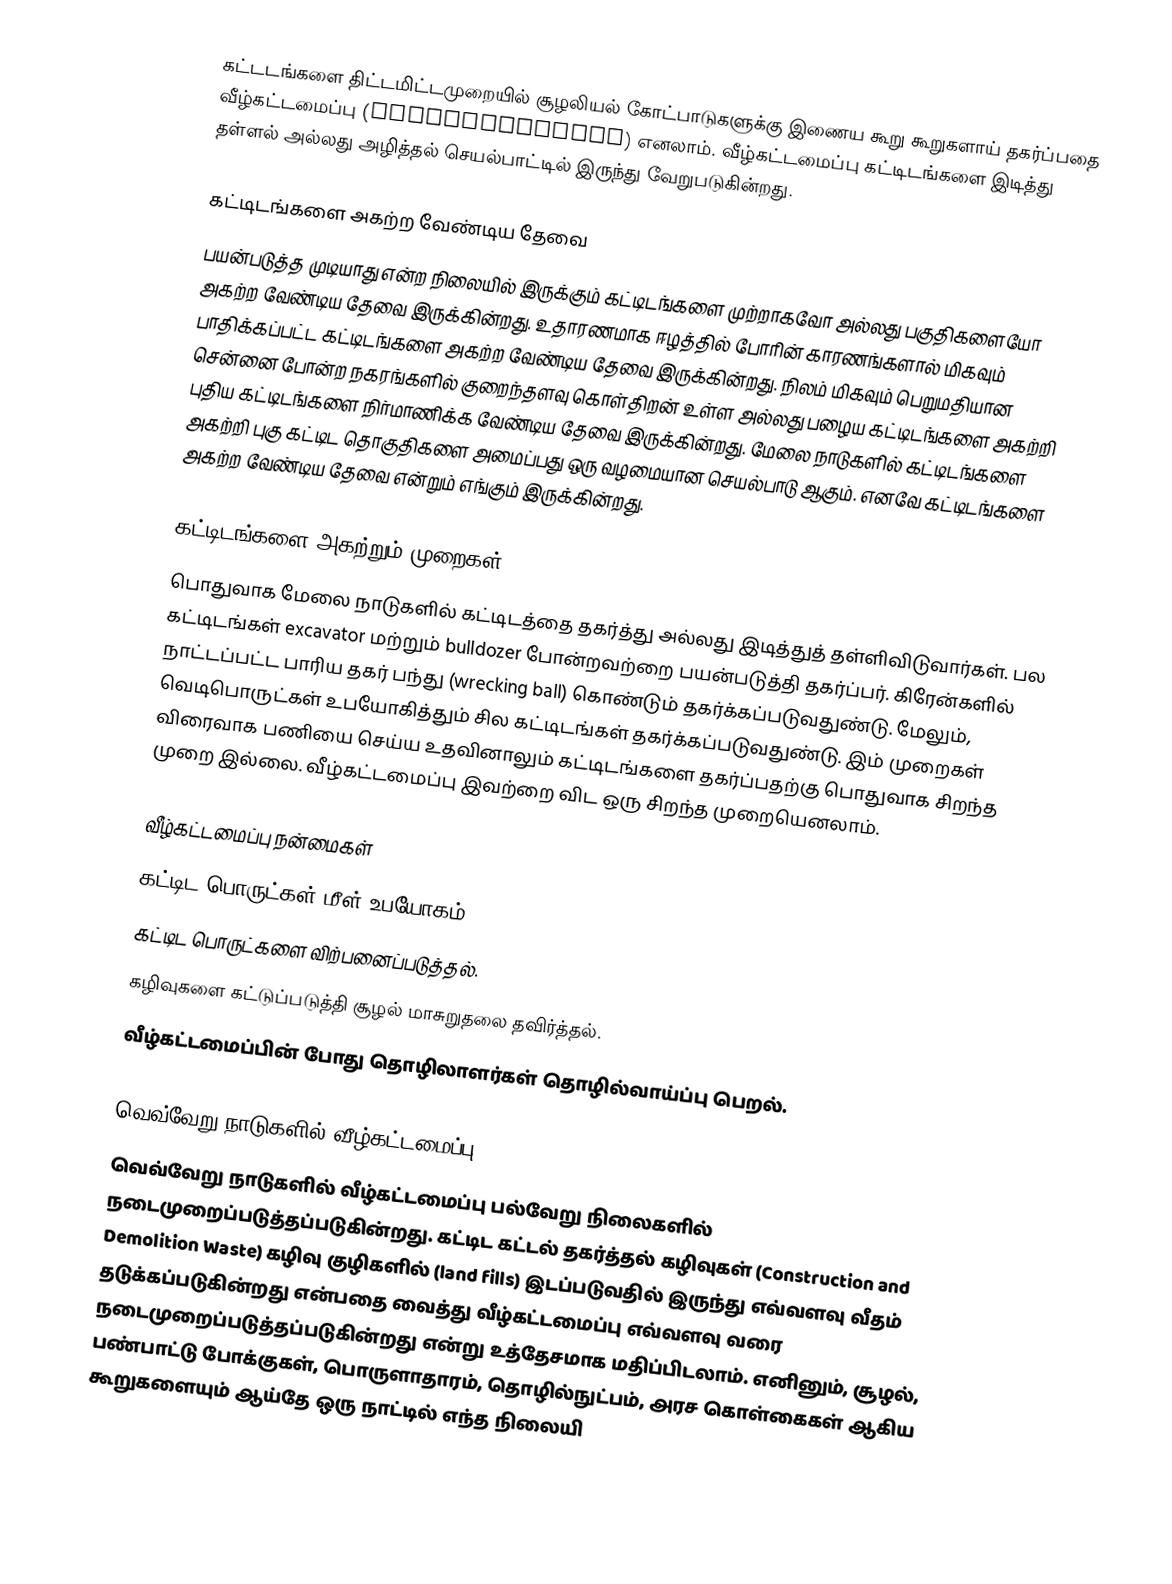
கட்டடங்களை திட்டமிட்டமுறையில் சூழலியல் கோட்பாடுகளுக்கு இணைய கூறு கூறுகளாய் தகர்ப்பதை வீழ்கட்டமைப்பு (Deconstruction) எனலாம்.  வீழ்கட்டமைப்பு கட்டிடங்களை இடித்து தள்ளல் அல்லது அழித்தல் செயல்பாட்டில் இருந்து வேறுபடுகின்றது.

கட்டிடங்களை அகற்ற வேண்டிய தேவை
பயன்படுத்த முடியாது என்ற நிலையில் இருக்கும் கட்டிடங்களை முற்றாகவோ அல்லது பகுதிகளையோ அகற்ற வேண்டிய தேவை இருக்கின்றது.  உதாரணமாக ஈழத்தில் போரின் காரணங்களால் மிகவும் பாதிக்கப்பட்ட கட்டிடங்களை அகற்ற வேண்டிய தேவை இருக்கின்றது.  நிலம் மிகவும் பெறுமதியான சென்னை போன்ற நகரங்களில் குறைந்தளவு கொள்திறன் உள்ள அல்லது பழைய கட்டிடங்களை அகற்றி புதிய கட்டிடங்களை நிர்மாணிக்க வேண்டிய தேவை இருக்கின்றது.  மேலை நாடுகளில் கட்டிடங்களை அகற்றி புகு கட்டிட தொகுதிகளை அமைப்பது ஒரு வழமையான செயல்பாடு ஆகும்.  எனவே கட்டிடங்களை அகற்ற வேண்டிய தேவை என்றும் எங்கும் இருக்கின்றது.

கட்டிடங்களை அகற்றும் முறைகள்
பொதுவாக மேலை நாடுகளில் கட்டிடத்தை தகர்த்து அல்லது இடித்துத் தள்ளிவிடுவார்கள்.  பல கட்டிடங்கள் excavator மற்றும் bulldozer போன்றவற்றை பயன்படுத்தி தகர்ப்பர்.  கிரேன்களில் நாட்டப்பட்ட பாரிய தகர் பந்து (wrecking ball) கொண்டும் தகர்க்கப்படுவதுண்டு.  மேலும், வெடிபொருட்கள் உபயோகித்தும் சில கட்டிடங்கள் தகர்க்கப்படுவதுண்டு.  இம் முறைகள் விரைவாக பணியை செய்ய உதவினாலும் கட்டிடங்களை தகர்ப்பதற்கு பொதுவாக சிறந்த முறை இல்லை.  வீழ்கட்டமைப்பு இவற்றை விட ஒரு சிறந்த முறையெனலாம்.

வீழ்கட்டமைப்பு நன்மைகள்
 கட்டிட பொருட்கள் மீள் உபயோகம்.
 கட்டிட பொருட்களை விற்பனைப்படுத்தல்.
 கழிவுகளை கட்டுப்படுத்தி சூழல் மாசுறுதலை தவிர்த்தல்.
 வீழ்கட்டமைப்பின் போது தொழிலாளர்கள் தொழில்வாய்ப்பு பெறல்.

வெவ்வேறு நாடுகளில் வீழ்கட்டமைப்பு
வெவ்வேறு நாடுகளில் வீழ்கட்டமைப்பு பல்வேறு நிலைகளில் நடைமுறைப்படுத்தப்படுகின்றது.  கட்டிட கட்டல் தகர்த்தல் கழிவுகள் (Construction and Demolition Waste) கழிவு குழிகளில் (land fills) இடப்படுவதில் இருந்து எவ்வளவு வீதம் தடுக்கப்படுகின்றது என்பதை வைத்து வீழ்கட்டமைப்பு எவ்வளவு வரை நடைமுறைப்படுத்தப்படுகின்றது என்று உத்தேசமாக மதிப்பிடலாம்.  எனினும், சூழல், பண்பாட்டு போக்குகள், பொருளாதாரம், தொழில்நுட்பம், அரச கொள்கைகள் ஆகிய கூறுகளையும் ஆய்தே ஒரு நாட்டில் எந்த நிலையி